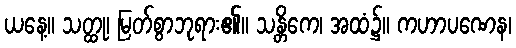
ယနေ့။ သတ္ထု၊ မြတ်စွာဘုရား၏။ သန္တိကေ၊ အထံ၌။ ကဟာပဏေန၊